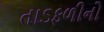
તાડફળીનો